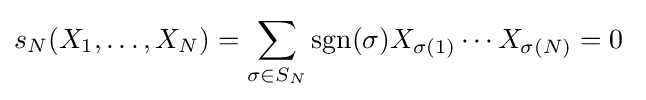
s_{N}(X_{1},\ldots ,X_{N})=\sum _{\sigma \in S_{N}}\operatorname {sgn}(\sigma )X_{\sigma (1)}\dotsm X_{\sigma (N)}=0~